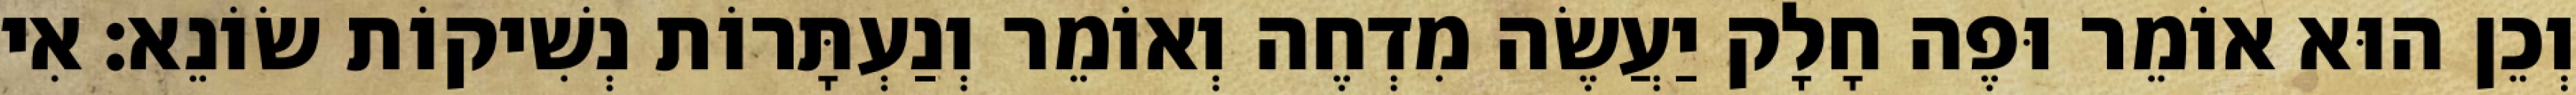
וְכֵן הוּא אוֹמֵר וּפֶה חָלָק יַעֲשֶׂה מִדְחֶה וְאוֹמֵר וְנַעְתָּרוֹת נְשִׁיקוֹת שׂוֹנֵא: אִי